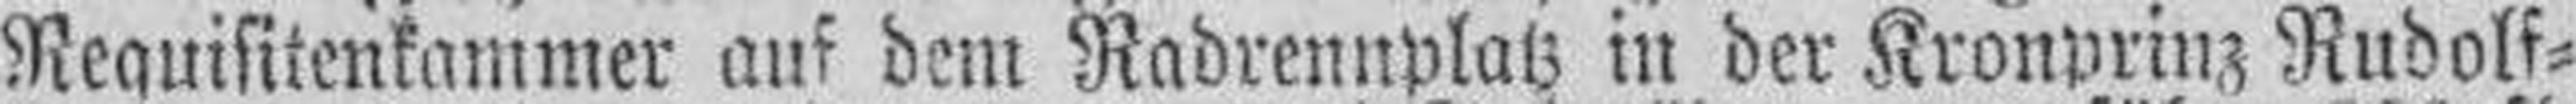
Requisitenkammer auf dem Radrennplatz in der Kronprinz Rudolf¬